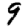
Digit: 9